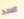
الاحد